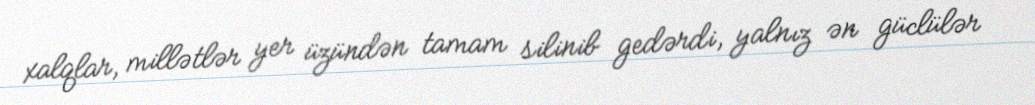
xalqlar, millətlər yer üzündən tamam silinib gedərdi, yalnız ən güclülər